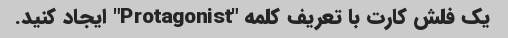
یک فلش کارت با تعریف کلمه "Protagonist" ایجاد کنید.